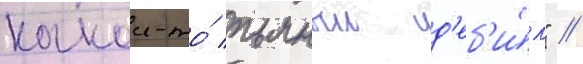
какои-то́ пьяныи д'еб'и́л" //